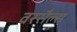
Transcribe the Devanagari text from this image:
वरसैल्स